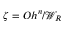
\zeta = O h ^ { n } / { \mathcal { W } } _ { R }